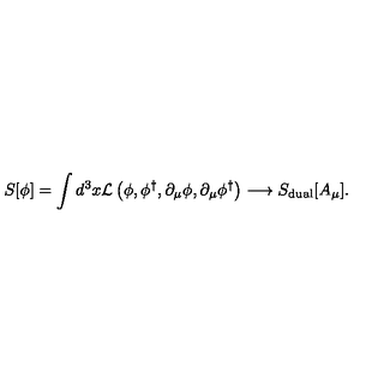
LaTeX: S [ \phi ] = \int d ^ { 3 } x { \cal L } \left( \phi , \phi ^ { \dagger } , \partial _ { \mu } \phi , \partial _ { \mu } \phi ^ { \dagger } \right) \longrightarrow S _ { \mathrm { d u a l } } [ A _ { \mu } ] .